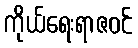
ကိုယ်ရေးရာဇဝင်